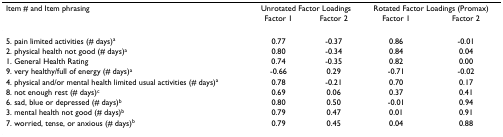
<table><thead><tr><td><b>Item # and Item phrasing</b></td><td colspan="2"><b>Unrotated Factor Loadings</b></td><td colspan="2"><b>Rotated Factor Loadings (Promax)</b></td></tr><tr><td></td><td><b>Factor 1</b></td><td><b>Factor 2</b></td><td><b>Factor 1</b></td><td><b>Factor 2</b></td></tr></thead><tbody><tr><td>5. pain limited activities (# days)<sup>a</sup></td><td>0.77</td><td>-0.37</td><td>0.86</td><td>-0.01</td></tr><tr><td>2. physical health not good (# days)<sup>a</sup></td><td>0.80</td><td>-0.34</td><td>0.84</td><td>0.04</td></tr><tr><td>1. General Health Rating</td><td>0.74</td><td>-0.35</td><td>0.82</td><td>0.00</td></tr><tr><td>9. very healthy/full of energy (# days)<sup>a</sup></td><td>-0.66</td><td>0.29</td><td>-0.71</td><td>-0.02</td></tr><tr><td>4. physical and/or mental health limited usual activities (# days)<sup>a</sup></td><td>0.78</td><td>-0.21</td><td>0.70</td><td>0.17</td></tr><tr><td>8. not enough rest (# days)<sup>c</sup></td><td>0.69</td><td>0.06</td><td>0.37</td><td>0.41</td></tr><tr><td>6. sad, blue or depressed (# days)<sup>b</sup></td><td>0.80</td><td>0.50</td><td>-0.01</td><td>0.94</td></tr><tr><td>3. mental health not good (# days)<sup>b</sup></td><td>0.79</td><td>0.47</td><td>0.01</td><td>0.91</td></tr><tr><td>7. worried, tense, or anxious (# days)<sup>b</sup></td><td>0.79</td><td>0.45</td><td>0.04</td><td>0.88</td></tr></tbody></table>